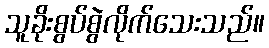
သူခိုးစွပ်စွဲလိုက်သေးသည်။